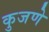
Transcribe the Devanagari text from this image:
कुजणे